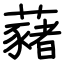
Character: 藸